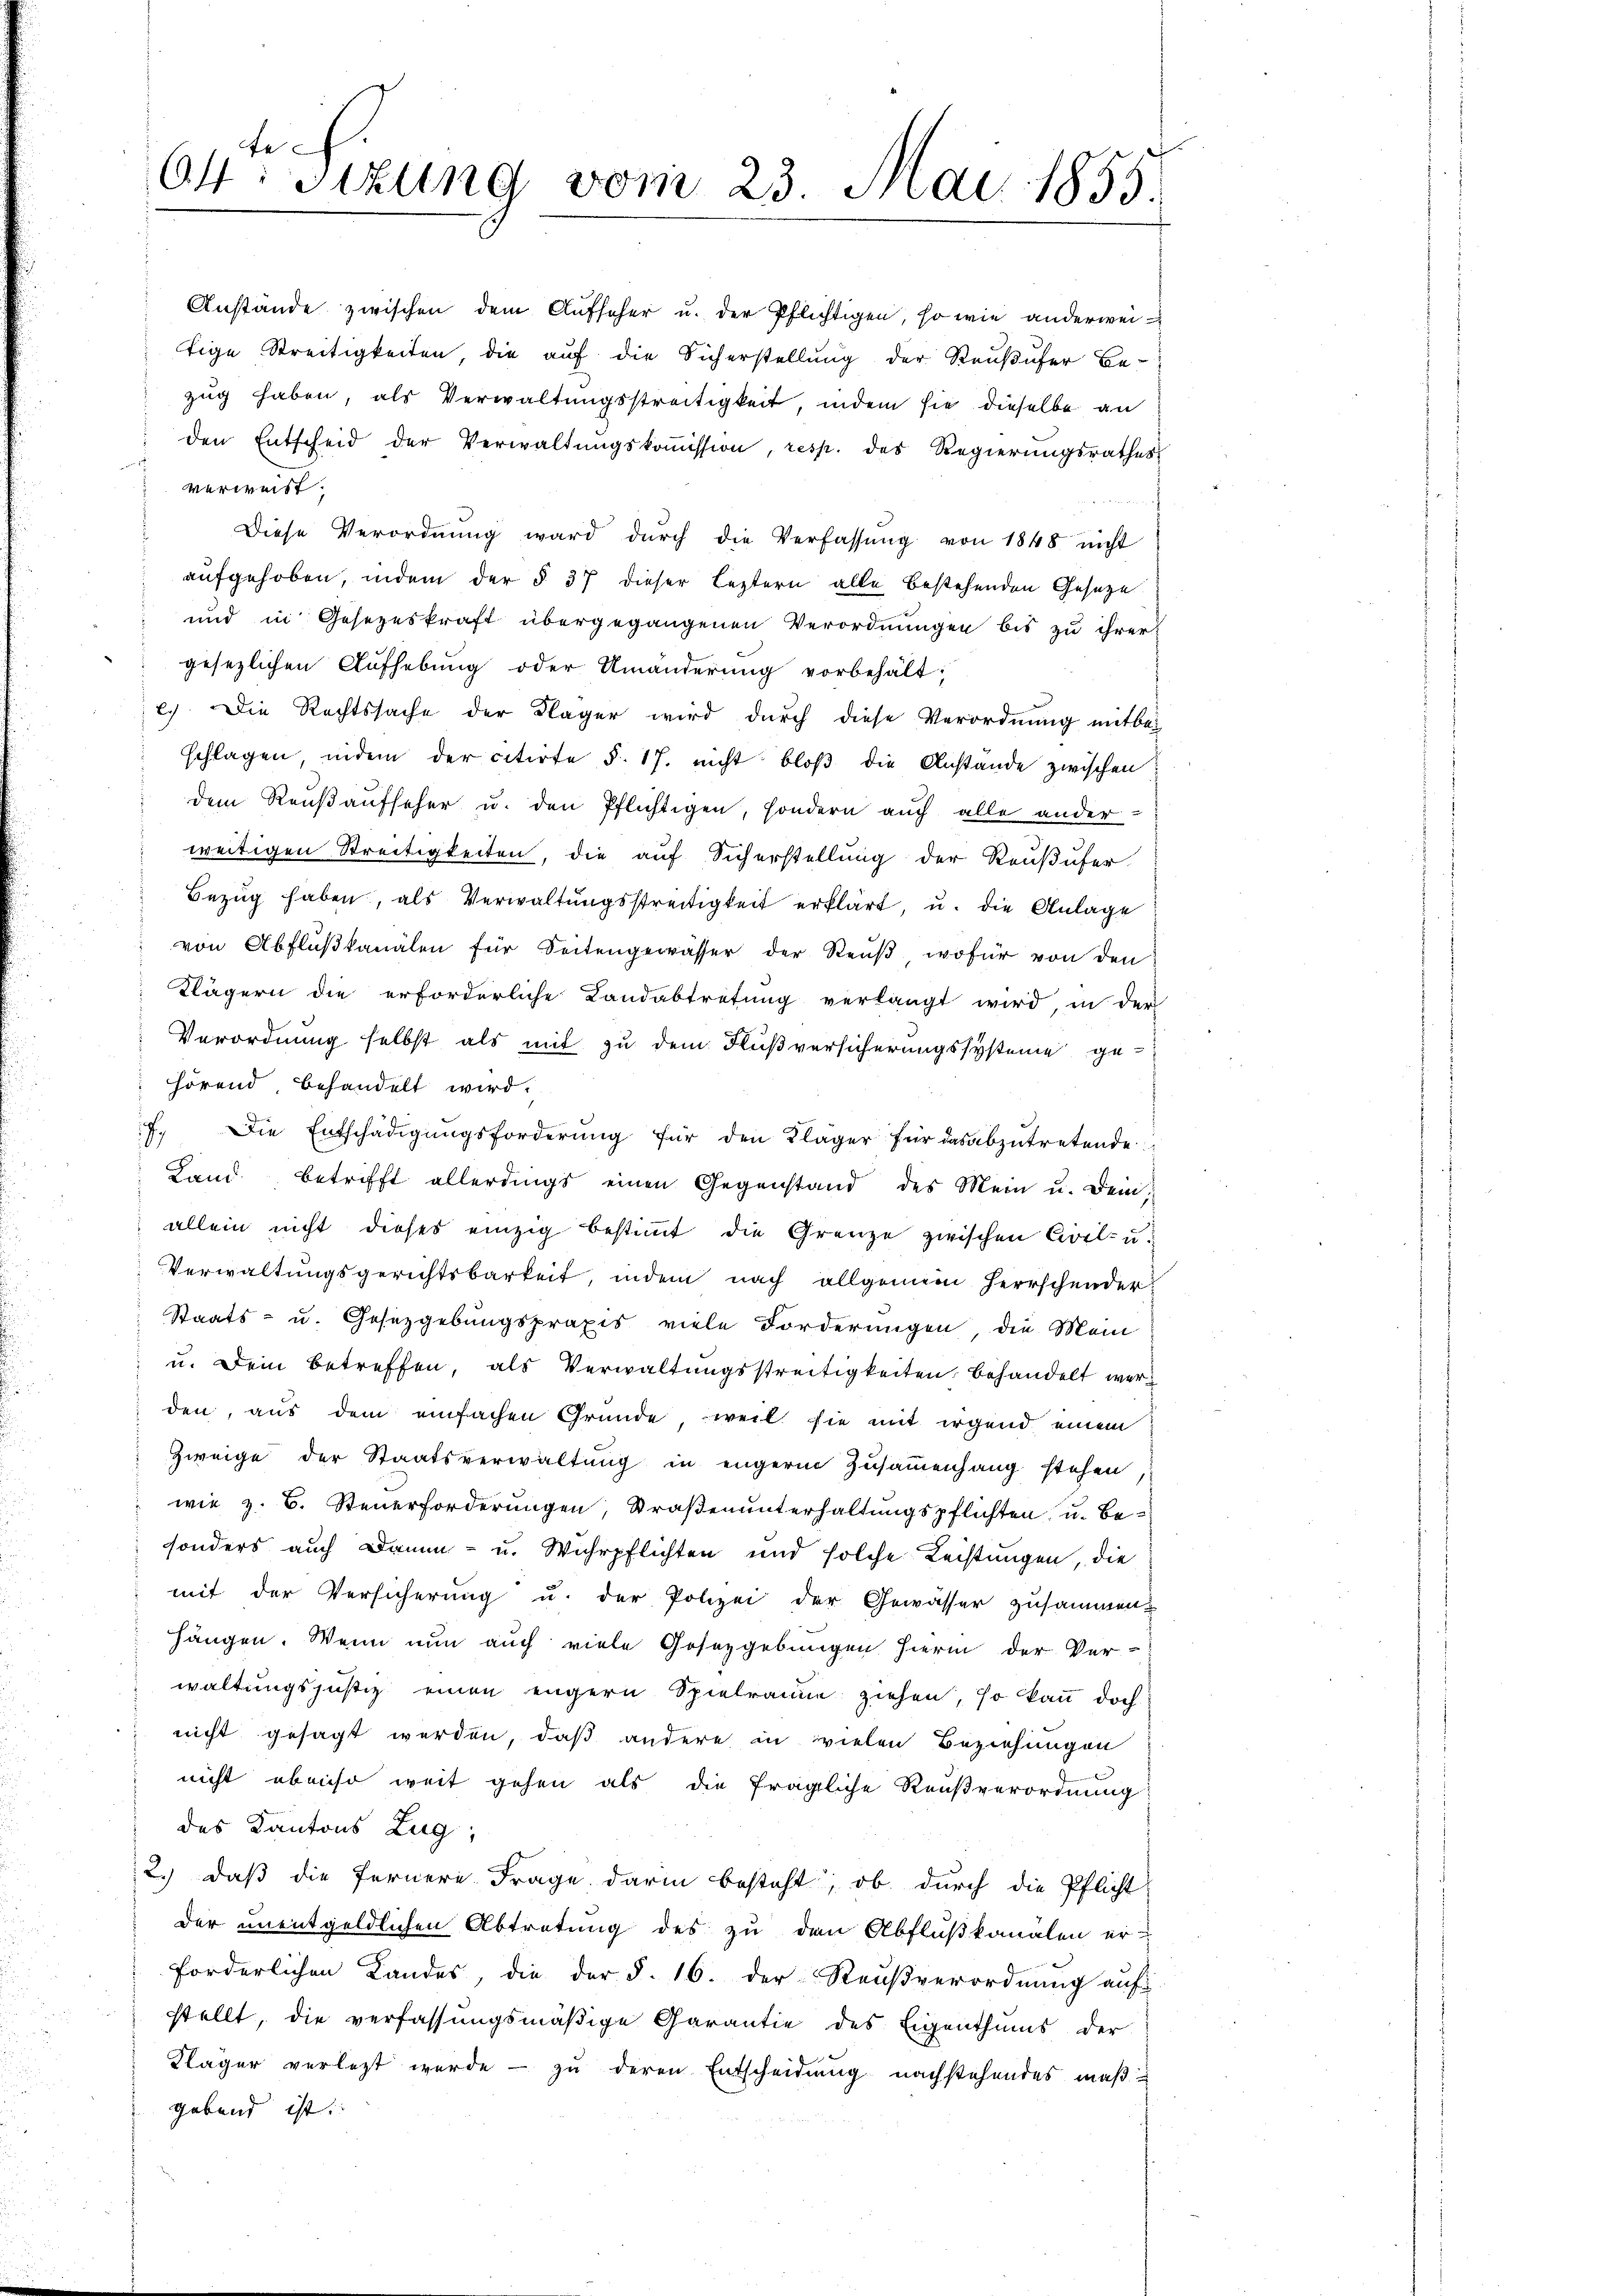
64: Sizung vom 23. Mai 1855.

Anstände zwischen dem Aufseher u. der Pflichtigen, so wie anderweitige Streitigkeiten die auf die Sicherstellung der Reußufer Be-
zug haben, als Verwaltungsstreitigkeit, indem sie dieselbe an
den Entscheid der Verwaltŭngskoṁission, resp. des Regierŭngsrathes
verweist.
Diese Verordnŭng ward dŭrch die Verfassŭng von 1848 nicht
aufgehoben, indem der § 37 dieser leztern alle bestehenden Geseze
und in Gesezeskraft übergegangenen Verordnungen bis zu ihrer
gesezlichen Aufhebung oder Umänderung vorbehält;
c.) Die Rechtssache der Kläger wird durch diese Verordnung mitbe-
schlagen, indem der citirte §. 17. nicht bloß die Anstände zwischen
dem Reußaufseher u. den Pflichtigen, sondern auch alle ander-
 weitigen Streitigkeiten, die auf Sicherstellung der Reußufer,
Bezug haben, als Verwaltungsstreitigkeit erklärt, u. die Anlage
von Abflŭβkanälen für Seitengewässer der Reŭβ wofür von den
Klägern die erforderliche Landabtretung verlangt wird, in der
Verordnung selbst als mit zu dem Flußversicherungssysteme gehörend behandelt wird.
7. Die Entschädigŭngsforderŭng für den Kläger für das abzŭtretende
Land betrifft allerdings einen Gegenstand des Mein u. dein-
allein nicht dieses einzig bestimmt die Grenze zwischen Civil- u
Verwaltungsgerichtsbarkeit, indem nach allgemein Herrschender¬
Staats- u. Gesetzgebungspraxis viele Forderungen die Mein
u. Dein betreffen, als Verwaltungsstreitigkeiten behandelt werden, aus dem einfachen Gründe, weil sie mit irgend einem
Zweige der Staatsverwaltung in engern Zusammenhang stehen
wie z. B. Steuerforderungen, Straßenunterhaltungspflichten, u. besonders auch Drun- u. Wuhrpflichten und solche Leistungen, die
mit der Versicherŭng u. der Polizei der Gewässer zusammen-
Hängen. Wenn nun auch viele Gosezgebungen hierin der Ver-
waltungsjustiz einen engern Spielraume ziehen, so kann doch
nicht gesagt werden, daß andere in vielen Beziehungen
nicht ebenso weit gehen als die fragliche Reußverordnung
des Kantons Zug,
2.) daß die fernere Frage darin besteht, ob durch die Pflicht
der unentgeldlichen Abtretung des zu den Abflußkanalen er-
forderlichen Landes, die der §. 16. der Reußverordnung auf
stellt, die verfassungsmäßige Carantie des Eigenthums der
Kläger verletzt wurde - zu deren Entscheidung nachstehendes maßgebend ist.